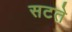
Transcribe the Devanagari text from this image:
सटते